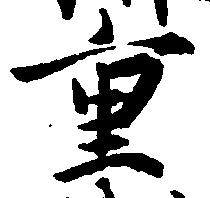
重